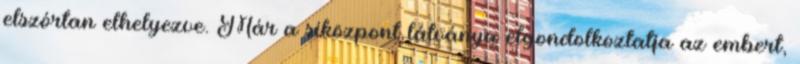
elszórtan elhelyezve. Már a síközpont látványa elgondolkoztatja az embert,